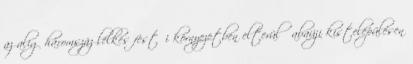
az alig háromszáz lelkes festői környezetben elterülő abaúji kistelepülésen